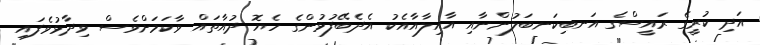
އަދި ކުރީގެ ރައީސްގެ އަނބިކަނބަލުންނާއި އާއިލާއާއެކު އެދެބޭފުޅުންގެ ހެޔޮ ދުއާތައް ވާކަމަށްވެސް ވިދާޅުވެފައި